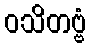
ဝသိတဗ္ဗံ